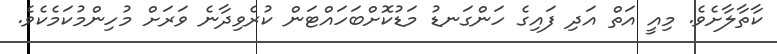
ކާތާލާށެވެ. މިއީ އަތް އަދި ފައިގެ ހަންގަނޑު މަޑުކޮށްބަހައްޓަން ކުރެވިދާނެ ވަރަށް މުހިންމުކަމެކެވެ.